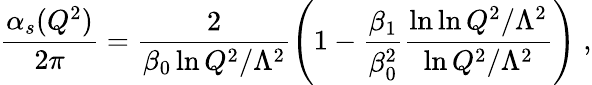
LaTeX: \frac{\alpha_{s}(Q^{2})}{2\pi}=\frac{2}{\beta_{0}\ln Q^{2}/\Lambda^{2}}\left(1-\frac{\beta_{1}}{\beta_{0}^{2}}\frac{\ln\ln Q^{2}/\Lambda^{2}}{\ln Q^{2}/\Lambda^{2}}\right)\; ,